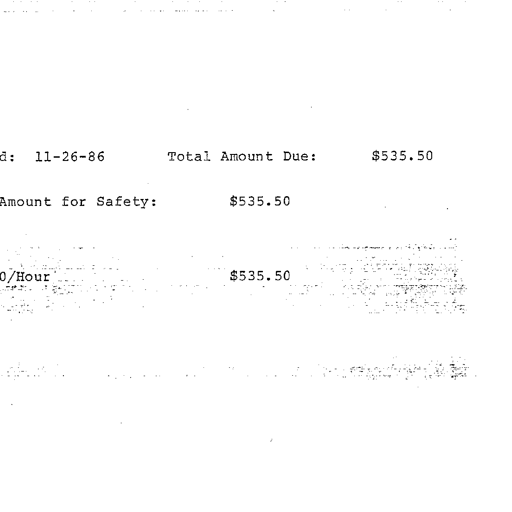
d: 11-26-86 Total Amount Due: $535.50
Amount for Safety: $535.50
0/Hour $535.50